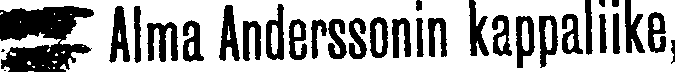
☛ Alma Anderssonin kappaliike,